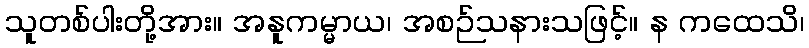
သူတစ်ပါးတို့အား။ အနူကမ္မာယ၊ အစဉ်သနားသဖြင့်။ န ကထေသိ၊